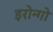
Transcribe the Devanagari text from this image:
इरोन्गो